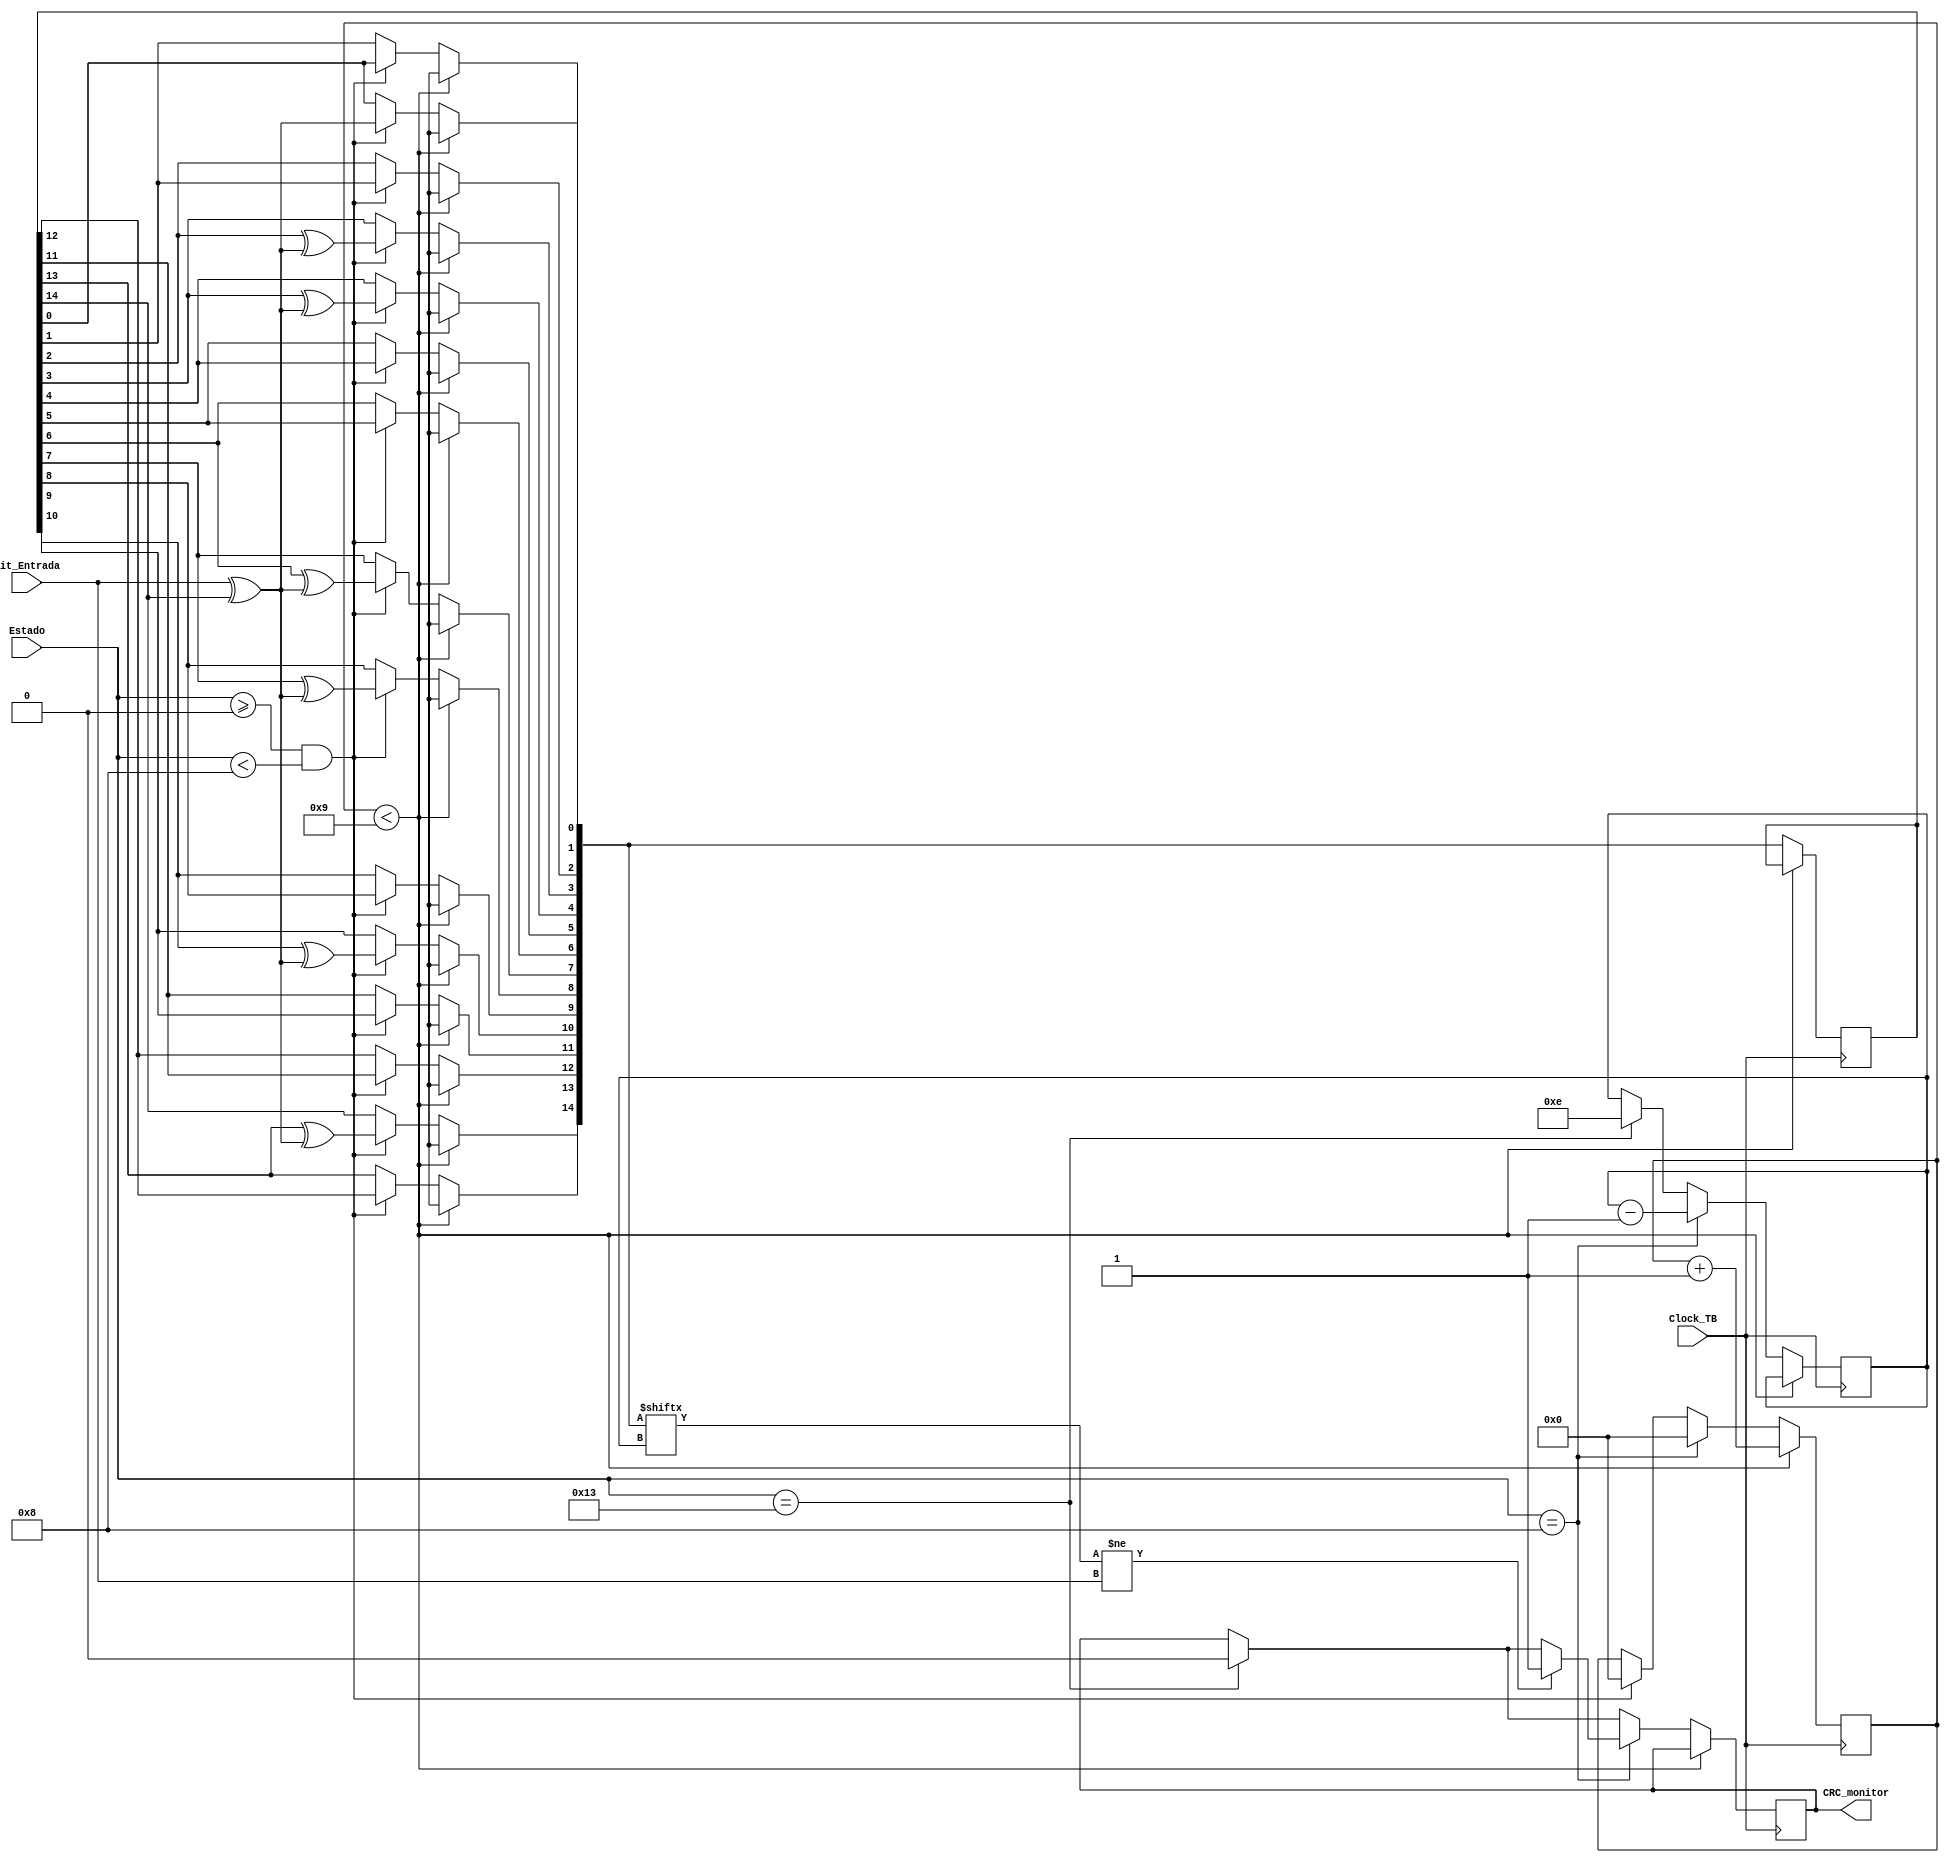
module can_crc_checker (input Clock_TB, input [0:5] Estado,input Bit_Entrada, output CRC_monitor);
                             

	
	parameter crc_CLKS_PER_BIT  			= 10;
	reg [0:31] Clock_Count              = 0;
	reg [0:31] Count                    = 14;
   reg [14:0] CRC                      = 0;     
	reg Exor                            = 0;
	reg CRC_monitor_Temp                     = 0;
	


   always @(posedge Clock_TB) 
	begin
			
			if(Clock_Count<crc_CLKS_PER_BIT-1)
				Clock_Count<=Clock_Count+1;
		   else
			begin
				//$write("%d ",Estado);
				if(Estado==19)
				begin
					CRC<=0;
					CRC_monitor_Temp<=0;
					Count<=14;
				end
				if(Estado>=0&&Estado<8)
				begin
					//$write("%d",Bit_Entrada);
					Exor = Bit_Entrada ^ CRC[14];
					CRC[14] = CRC[13] ^ Exor;
					CRC[13] = CRC[12];
					CRC[12] = CRC[11];
					CRC[11] = CRC[10];
					CRC[10] = CRC[9] ^ Exor;
					CRC[9] = CRC[8];
					CRC[8] = CRC[7] ^ Exor;
					CRC[7] = CRC[6] ^ Exor;
					CRC[6] = CRC[5];
					CRC[5] = CRC[4];
					CRC[4] = CRC[3] ^ Exor;
					CRC[3] = CRC[2] ^ Exor;
					CRC[2] = CRC[1];
					CRC[1] = CRC[0];
					CRC[0] = Exor;
					Clock_Count<=0;
				end
				if(Estado==8)
				begin
					//$display("PORRA");
					//$display("CRC -> %b",CRC);
					if(CRC[Count]!=Bit_Entrada)
						CRC_monitor_Temp<=1;
					Clock_Count<=0;
					Count<=Count-1;
				end				
			end
	
   end
		
	assign CRC_monitor = CRC_monitor_Temp;


endmodule